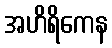
အဟိရိကေန